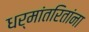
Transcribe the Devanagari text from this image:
धर्मांतरितांना